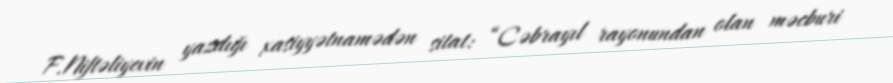
F.Niftəliyevin yazdığı xasiyyətnamədən sitat: “Cəbrayıl rayonundan olan məcburi